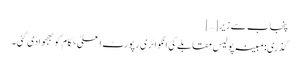
پنجاب سے زیر […]
گذری:مبینہ پولیس مقابلے کی انکوائری رپورٹ اعلیٰ حکام کو بھجوادی گئی ۔